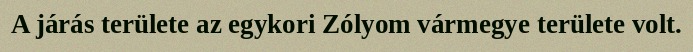
A járás területe az egykori Zólyom vármegye területe volt.